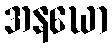
အနဃော